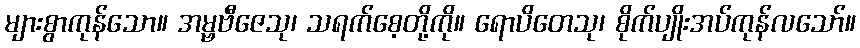
များစွာကုန်သော။ အမ္ဗဗီဇေသု၊ သရက်စေ့တို့ကို။ ရောပိတေသု၊ စိုက်ပျိုးအပ်ကုန်လသော်။